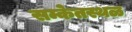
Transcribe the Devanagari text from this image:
सम्केतस्थळ